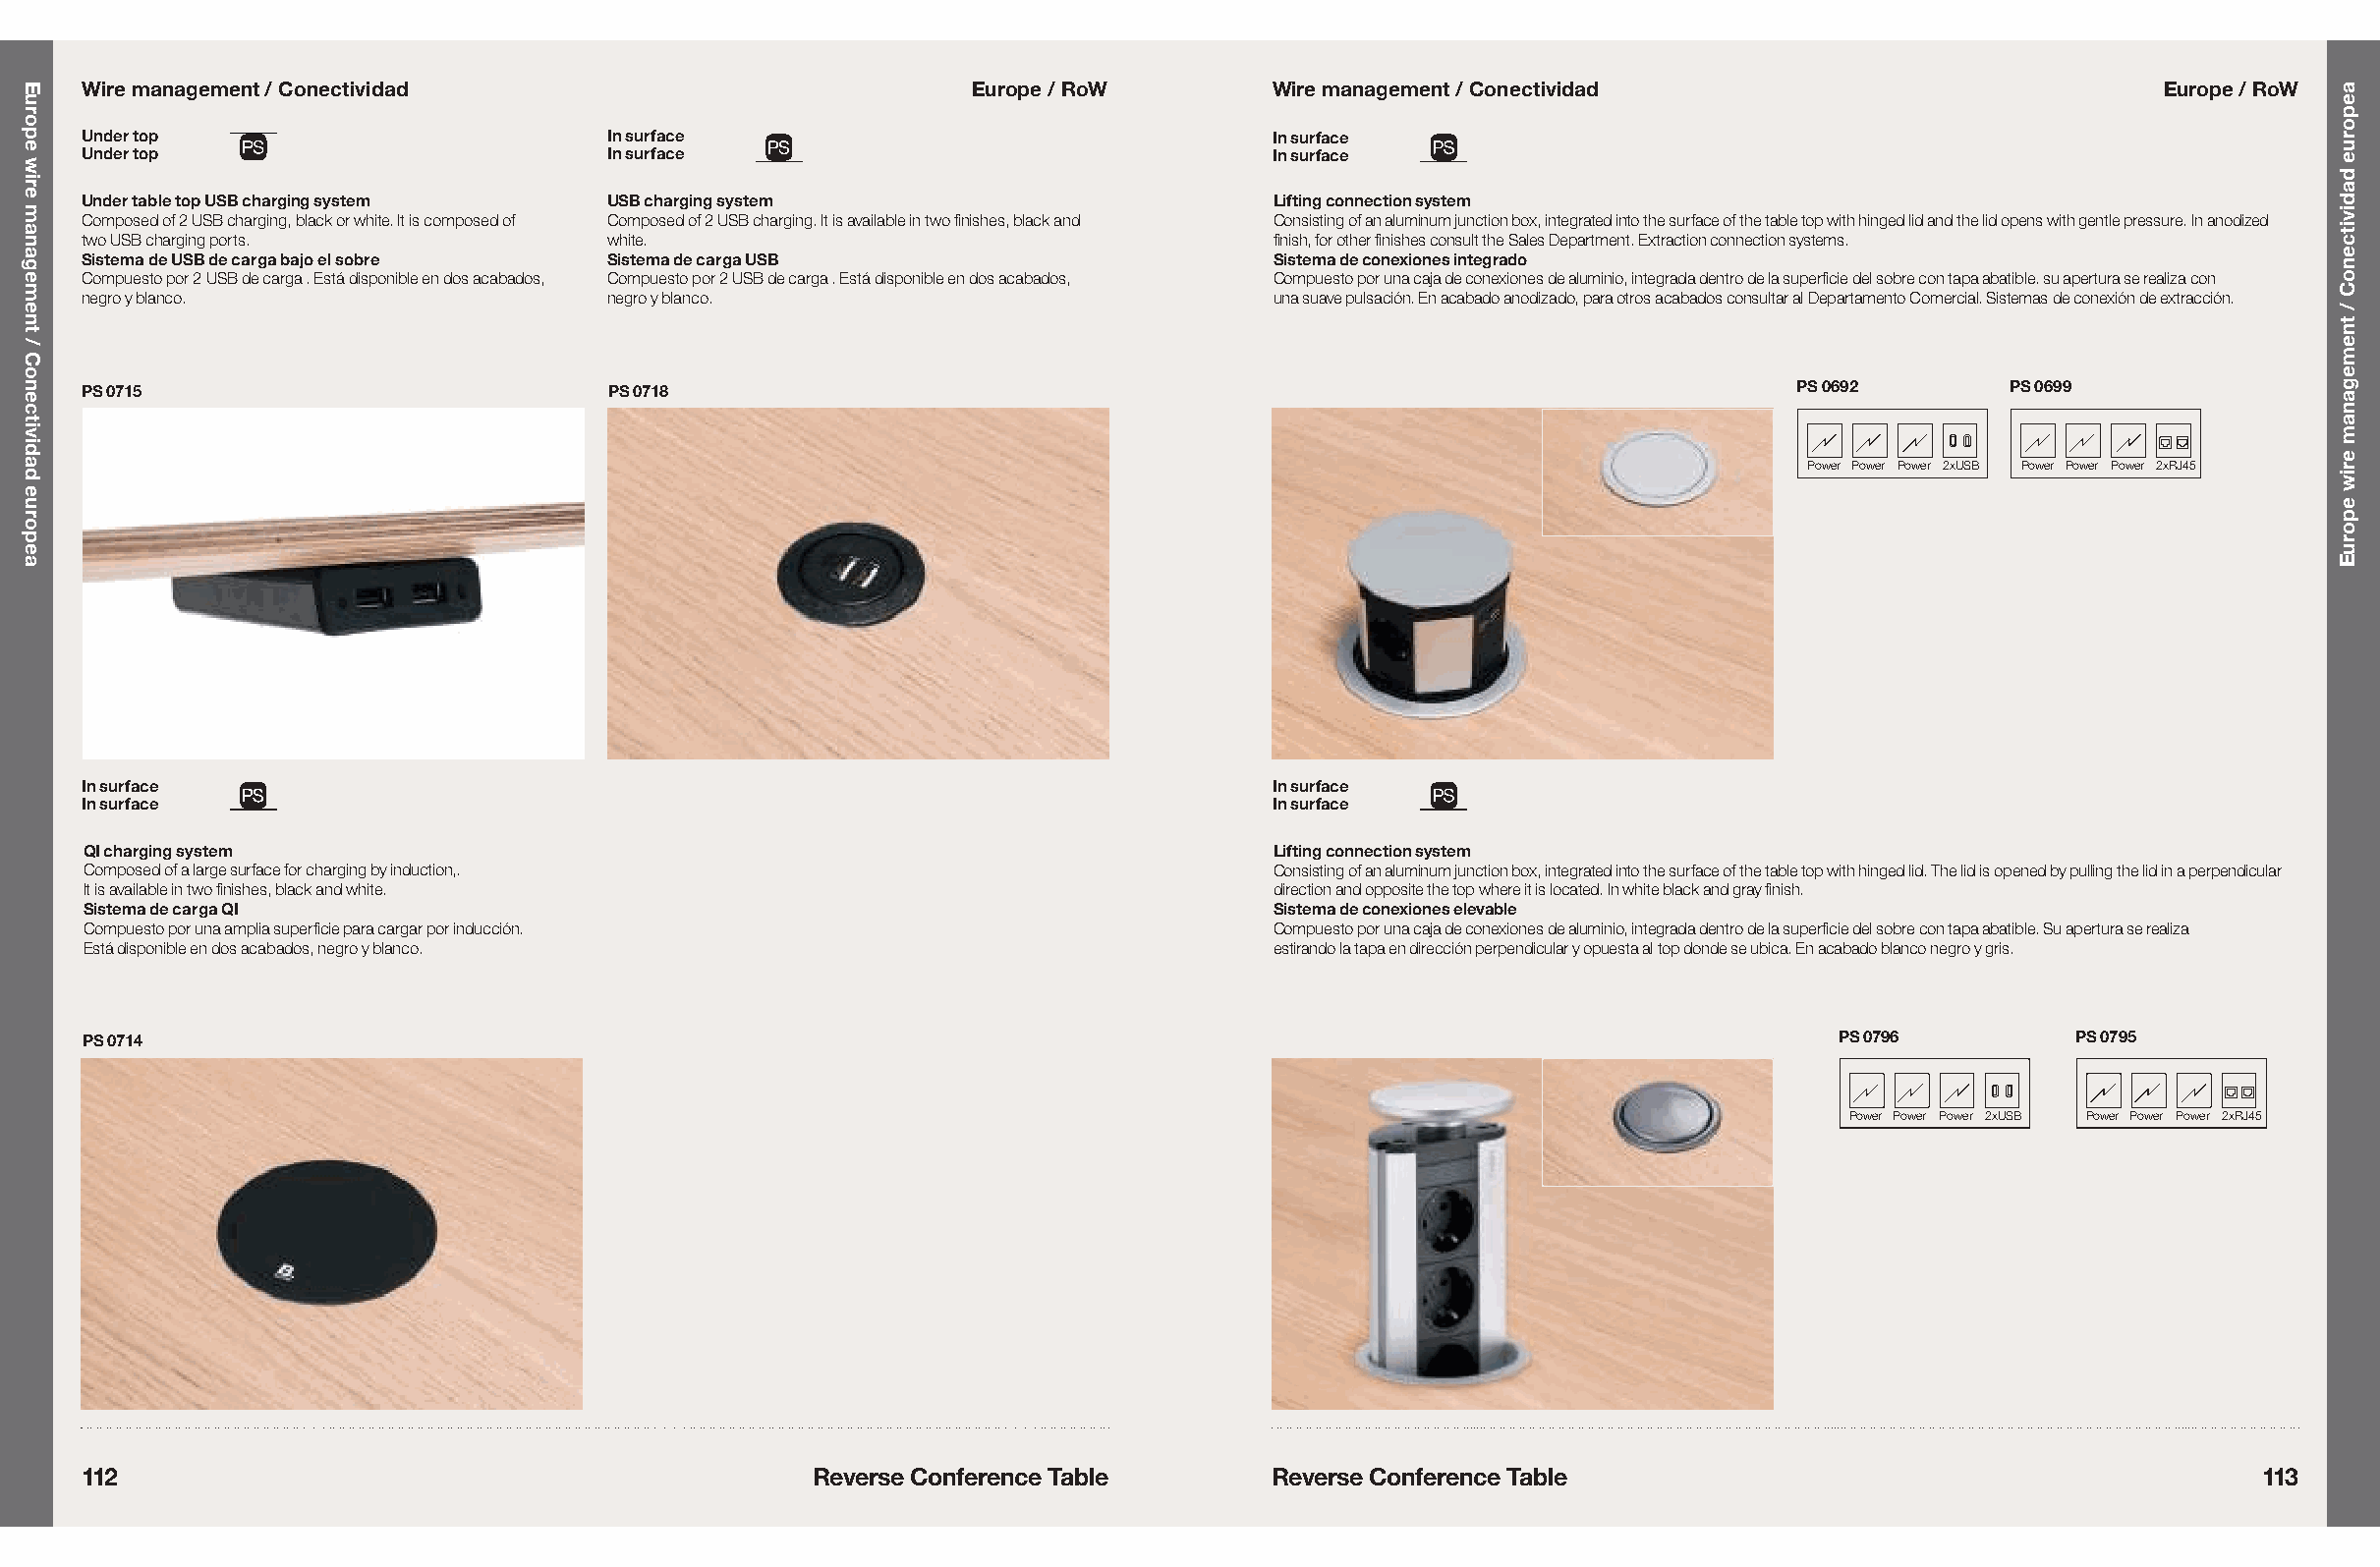
Wire management / Conectividad                              Europe / RoW         Wire management / Conectividad                              Europe / RoW
 Under top                          In surface                                   In surface
 Under top                          In surface                                   In surface
 Under table top USB charging system USB charging system                          Lifting connection system
 Composed of 2 USB charging, black or white. It is composed of Composed of 2 USB charging. It is available in two finishes, black and Consisting of an aluminum junction box, integrated into the surface of the table top with hinged lid and the lid opens with gentle pressure. In anodized
 two USB charging ports.             white.                                       finish, for other finishes consult the Sales Department. Extraction connection systems.
 Sistema de USB de carga bajo el sobre Sistema de carga USB                       Sistema de conexiones integrado
 Compuesto por 2 USB de carga . Está disponible en dos acabados, Compuesto por 2 USB de carga . Está disponible en dos acabados, Compuesto por una caja de conexiones de aluminio, integrada dentro de la superficie del sobre con tapa abatible. su apertura se realiza con
 negro y blanco.                     negro y blanco.                              una suave pulsación. En acabado anodizado, para otros acabados consultar al Departamento Comercial. Sistemas de conexión de extracción.
 PS 0715                            PS 0718                                                                         PS 0692       PS 0699
 Power Power Power 2xUSB Power Power Power 2xRJ45
 In surface                                                                       In surface
 In surface                                                                       In surface
 QI charging system                                                              Lifting connection system
 Composed of a large surface for charging by induction,.                         Consisting of an aluminum junction box, integrated into the surface of the table top with hinged lid. The lid is opened by pulling the lid in a perpendicular
 It is available in two finishes, black and white.                               direction and opposite the top where it is located. In white black and gray finish.
 Sistema de carga QI                                                             Sistema de conexiones elevable
 Compuesto por una amplia superficie para cargar por inducción.                  Compuesto por una caja de conexiones de aluminio, integrada dentro de la superficie del sobre con tapa abatible. Su apertura se realiza
 Está disponible en dos acabados, negro y blanco.                                estirando la tapa en dirección perpendicular y opuesta al top donde se ubica. En acabado blanco negro y gris.
 PS 0714                                                                                                               PS 0796         PS 0795
 Power Power Power 2xUSB Power Power Power 2xRJ45
 112                                               Reverse Conference Table       Reverse Conference Table                                          113
 Europe
 wire
 management
 /
 Conectividad
 europea
 aeporue
 dadivitcenoC
 /
 tnemeganam
 eriw
 eporuE